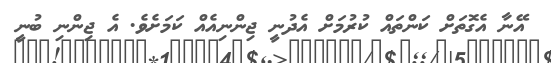
އޭނާ އެގޮތަށް ކަންތައް ކުރުމަށް އެދުނީ ޖިންނިއެއް ކަމަށެވެ. އެ ޖިންނި ބުނީ